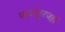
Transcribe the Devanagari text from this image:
पहलेनूरजहाँ